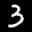
Label: 3